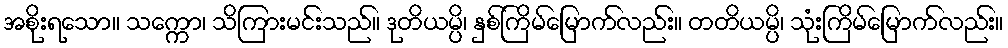
အစိုးရသော။ သက္ကော၊ သိကြားမင်းသည်။ ဒုတိယမ္ပိ၊ နှစ်ကြိမ်မြောက်လည်း။ တတိယမ္ပိ၊ သုံးကြိမ်မြောက်လည်း။